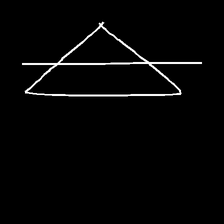
Glyph: empower